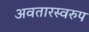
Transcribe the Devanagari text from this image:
अवतारस्वरुप